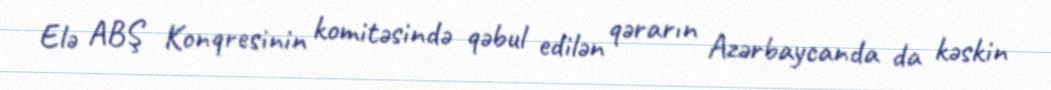
Elə ABŞ Konqresinin komitəsində qəbul edilən qərarın Azərbaycanda da kəskin